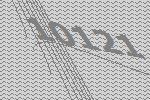
10121